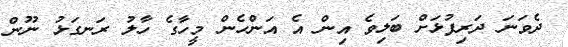
ދެވަނަ ދަރިފުޅަށް ބަލިވެ އިން އެ އަންހެން މީހާގެ ހާލު ރަނގަޅު ނޫން